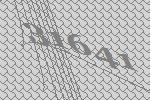
31641